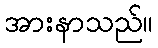
အားနာသည်။